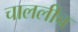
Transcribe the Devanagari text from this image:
चाललीच